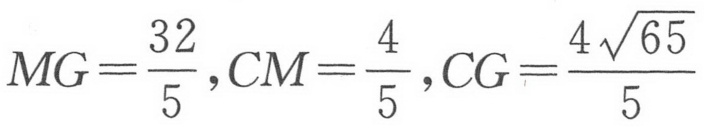
\(MG=\frac{32}{5},CM=\frac{4}{5},CG=\frac{4\sqrt{65}}{5}\)